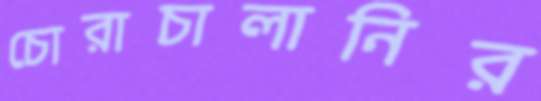
চোরাচালানির